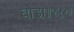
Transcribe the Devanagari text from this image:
घोडा॥२५२॥